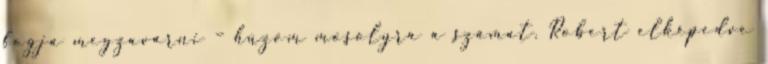
fogja megzavarni – húzom mosolyra a számat. Robert elképedve